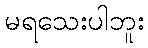
မရသေးပါဘူး